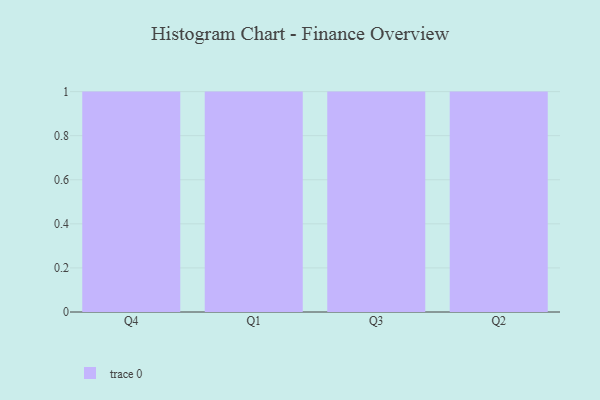
{"axis": {"x": "Quarter", "y": "Temperature (°C)"}, "legend": [""], "data": [{"x": "Q4", "y": 56, "type": ""}, {"x": "Q1", "y": 55, "type": ""}, {"x": "Q3", "y": 6, "type": ""}, {"x": "Q2", "y": 99, "type": ""}]}